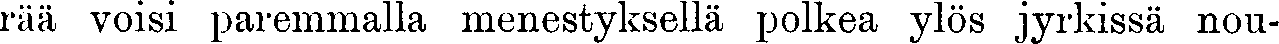
rää voisi paremmalla menestyksellä polkea ylös jyrkissä nou-